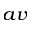
_ { a v }